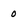
Character: 0